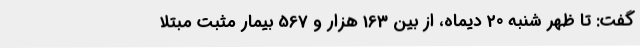
گفت: تا ظهر شنبه 20 دیماه، از بین 163 هزار و 567 بیمار مثبت مبتلا